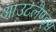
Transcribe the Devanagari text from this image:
आउटलैण्ड्स